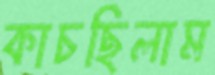
কাচছিলাম